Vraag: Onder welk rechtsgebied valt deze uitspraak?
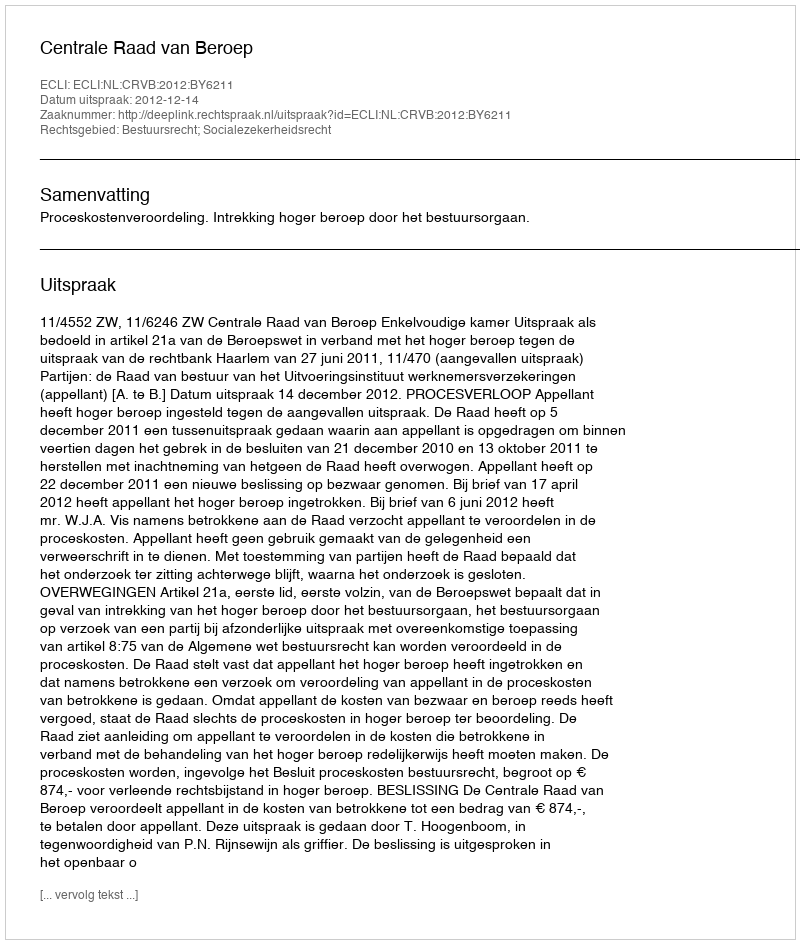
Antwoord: Bestuursrecht; Socialezekerheidsrecht